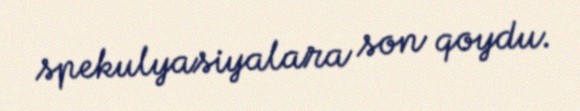
spekulyasiyalara son qoydu.